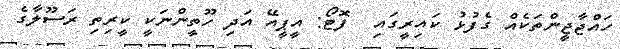
ހައްޖާޖީންތަކެއް ގެފުޅު ކައިރީގައި  ފޮޓޯ: އީޕީއޭ އަދި ހޫތީންނަކީ ކީރިތި ރަސޫލާގެ